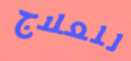
للعلاج